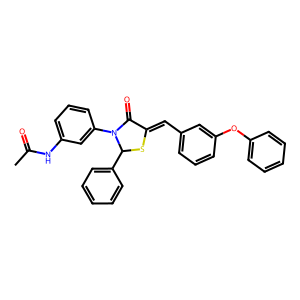
SMILES: CC(=O)Nc1cccc(N2C(=O)C(=Cc3cccc(Oc4ccccc4)c3)SC2c2ccccc2)c1
Inhibits HIV replication: No